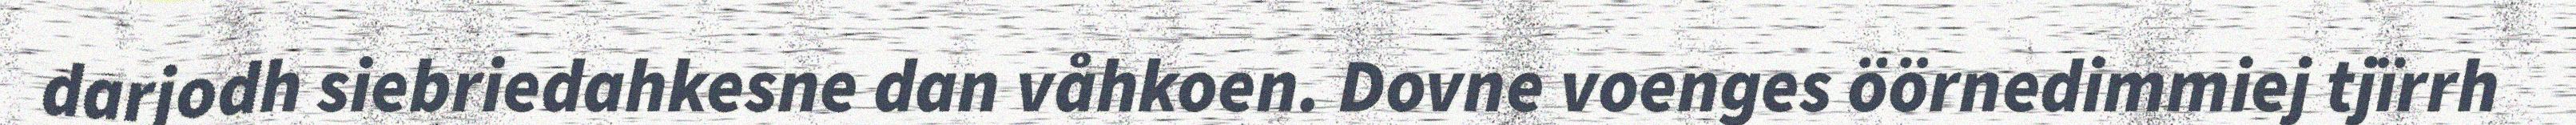
darjodh siebriedahkesne dan våhkoen. Dovne voenges öörnedimmiej tjïrrh